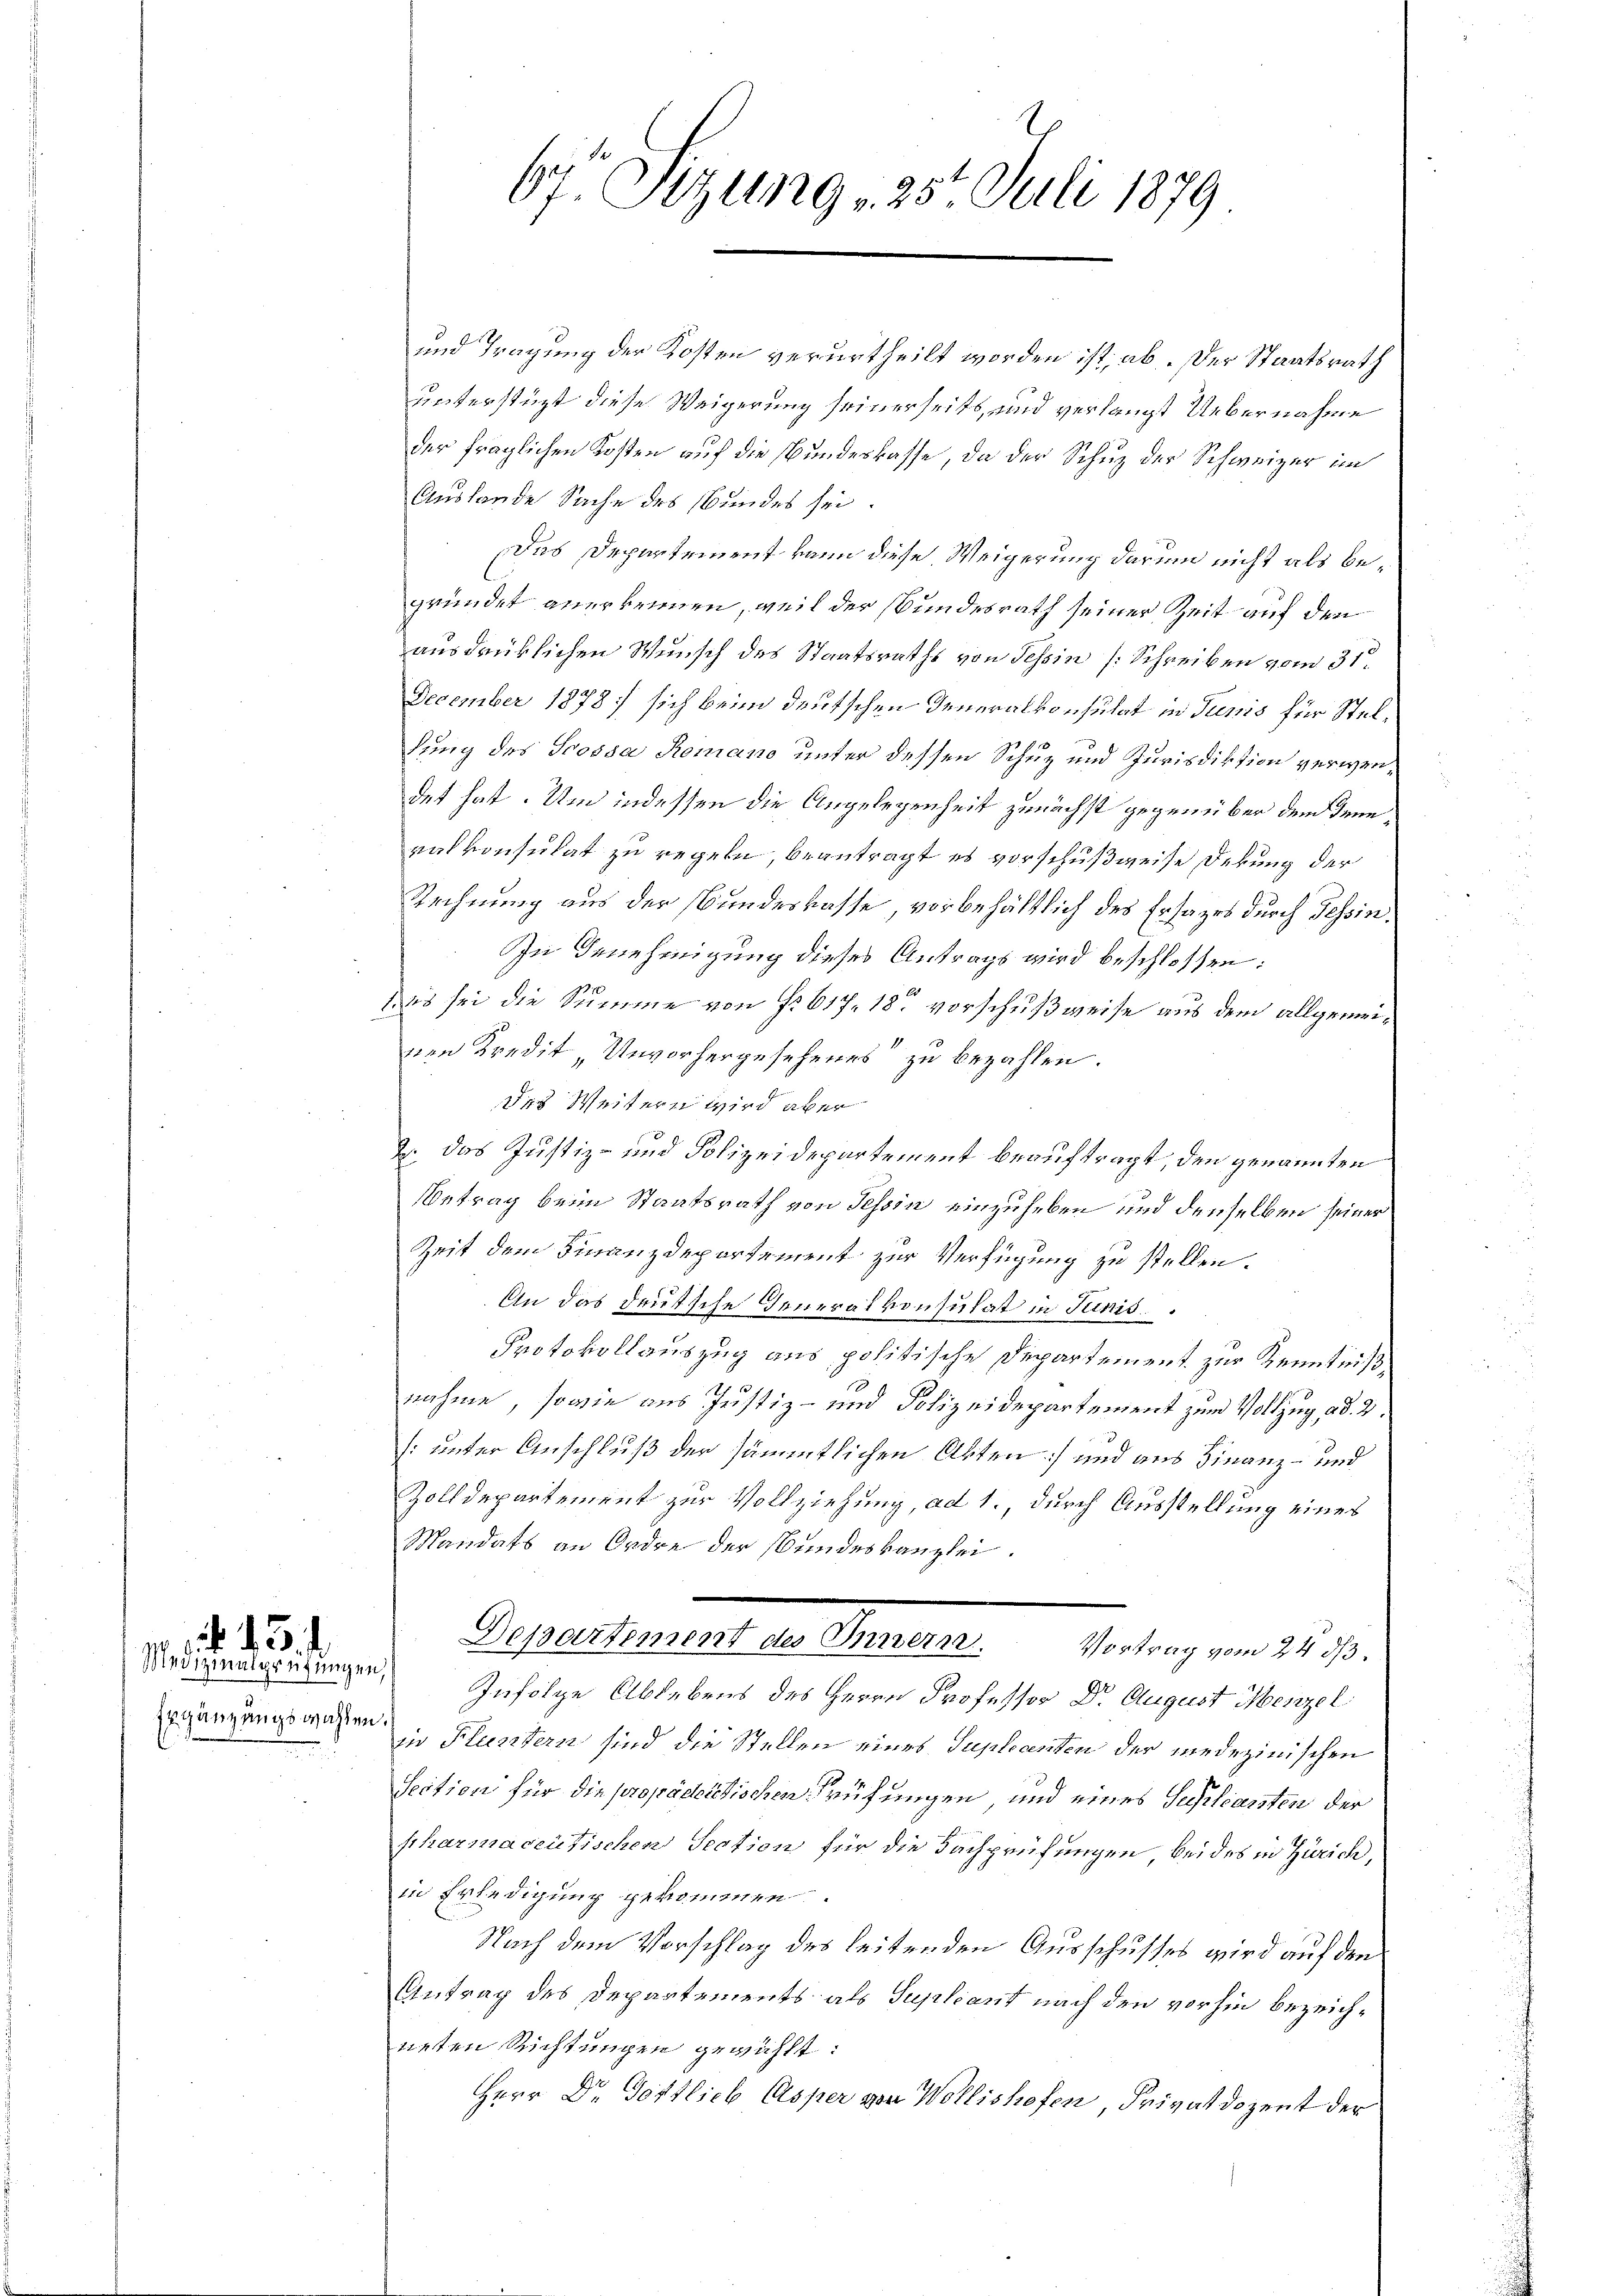
Ergänzungswahlen

43.
Medizinalprüfungen,

und Tragung der Kosten verurtheilt worden ist, ab. Der Staatsrath
unterstüzt diese Weigerung seinerseits, und verlangt Uebernahme
der fraglichen Kosten auf die Bundeskasse, da der Schuz der Schweizer im
Auslande Sache des Bundes sei.
Das Departement von diese Weigerung darum nicht als begründet anerkennen, weil der Bundesrath seiner Zeit auf den
ausdrücklichen Wunsch des Staatsraths von Tessin [Schreiben vom 31.
December 1878 sich beim deutschen Generalkonsulat in Tunis für Stelkung des Trossa Romano unter dessen Schuz und Jurisdiktion verwendet hat. Um indessen die Angelegenheit zunächst gegenüber dem Jennralkonsulat zu regeln, beantragt es vorschußweise Dekung der
Rechnung aus der Bundeskasse vorbehältlich des Ersages durch Tessin.
In Genehmigung dieses Antrags wird beschlossen:
us sei die Summe von No 617. 18 vorschußweise aus dem allgemeinen Kredit „Unvorhergesehenes zu bezahlen.
des Weitern wird aber
J. das Justiz- und Polizeidepartement beauftragt, den genannten
Betrag beim Staatsrath von Tessin einzuheben und denselben seiner
Zeit dem Finanzdepartement zur Verfügung zu stellen.
An das deutsche Generalkonsulat in Junis.
Protokollauszug aus politische Departement zur Kenntnißnahme, sowie aus Justiz- und Polizeidepartement zum Vollzug ad 2.
[unter Anschluß der sämmtlichen Akten) und aus Finanz- und
Zolldepartement zur Vollziehung, ad 1., durch Ausstellung eines
Mandats an Ordre der Bundeskanzlei.
e
Departement des Innern. Vortrag vom 24. ds.
Infolge Ablebens des Herrn Professor Dr. August Menzel
in Fluntern sind die Stellen eines Suplanten der medizinischen
Section für die propastettischen Prüfungen und eines Schliansten der
pharmacentischen Section für die Fachprüfungen beides in Zürich,
in Erledigung gekommen
Nach dem Vorschlag des leitenden Ausschusses wird auf den
Antrag des Departements als Supleant nach den vorhin bezeichneten Richtungen gewählt:
Herr Dr. Gottlieb Asper von Wollishofen Privatdozent der

67 Sizung 25. Juli 1879